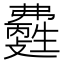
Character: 𤯽